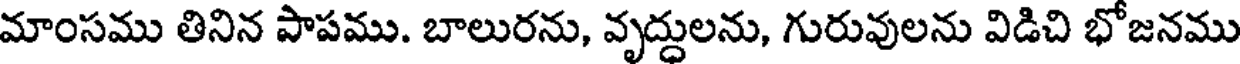
మాంసము తినిన పాపము. బాలురను, వృద్దులను, గురువులను విడిచి భోజనము